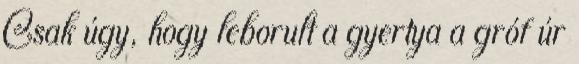
Csak úgy, hogy leborult a gyertya a gróf úr